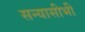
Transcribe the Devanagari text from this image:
सन्यासीभी